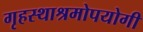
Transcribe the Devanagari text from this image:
गृहस्थाश्रमोपयोगी